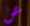
عن